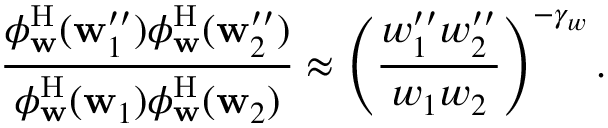
\frac { \phi _ { \mathbf { w } } ^ { \mathrm { H } } ( \mathbf { w } _ { 1 } ^ { \prime \prime } ) \phi _ { \mathbf { w } } ^ { \mathrm { H } } ( \mathbf { w } _ { 2 } ^ { \prime \prime } ) } { \phi _ { \mathbf { w } } ^ { \mathrm { H } } ( \mathbf { w } _ { 1 } ) \phi _ { \mathbf { w } } ^ { \mathrm { H } } ( \mathbf { w } _ { 2 } ) } \approx \left( \frac { w _ { 1 } ^ { \prime \prime } w _ { 2 } ^ { \prime \prime } } { w _ { 1 } w _ { 2 } } \right) ^ { - \gamma _ { w } } .